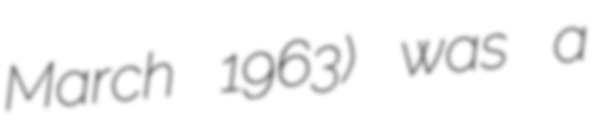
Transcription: March 1963) was a